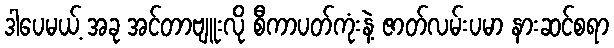
ဒါပေမယ့် အခု အင်တာဗျူးလို စီကာပတ်ကုံးနဲ့ ဇာတ်လမ်းပမာ နားဆင်စရာ